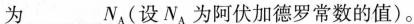
为___N_{A}(设N_{A}为阿伏加德罗常数的值)。